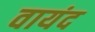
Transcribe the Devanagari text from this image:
वायंद